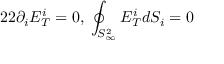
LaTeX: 2 2 \partial _ { i } E _ { T } ^ { i } = 0 , \; \oint _ { S _ { \infty } ^ { 2 } } E _ { T } ^ { i } d S _ { i } = 0